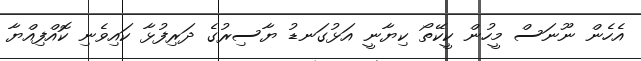
އެހެން ނޫނަސް މީހުން ކީކޭތޯ ކިޔާނީ އަޅުގަނޑު ޔާސިރުގެ ދަރިފުޅާ ކައިވެނި ކޮއްފިއްޔާ